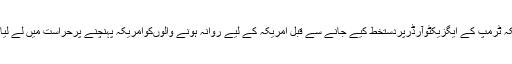
جبکہ ٹرمپ کے ایگزیکٹوآرڈرپردستخط کیے جانے سے قبل امریکہ کے لیے روانہ ہونے والوںکوامریکہ پہنچنے پرحراست میں لے لیاگیا۔